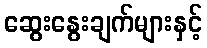
ဆွေးနွေးချက်များနှင့်